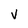
Character: v